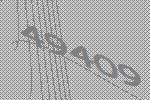
49409